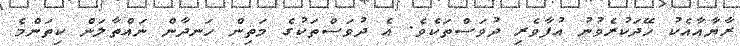
ރާޔާއާއެކު ހޭދަކުރެވުނު އުފާވެރި ދުވަސްތަކެވެ. އެ ދުވަސްތަކުގެ މަތިން ހަނދާން ނައްތާލަން ކިތަންމެ